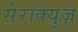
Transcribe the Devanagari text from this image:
सेराक्युज़